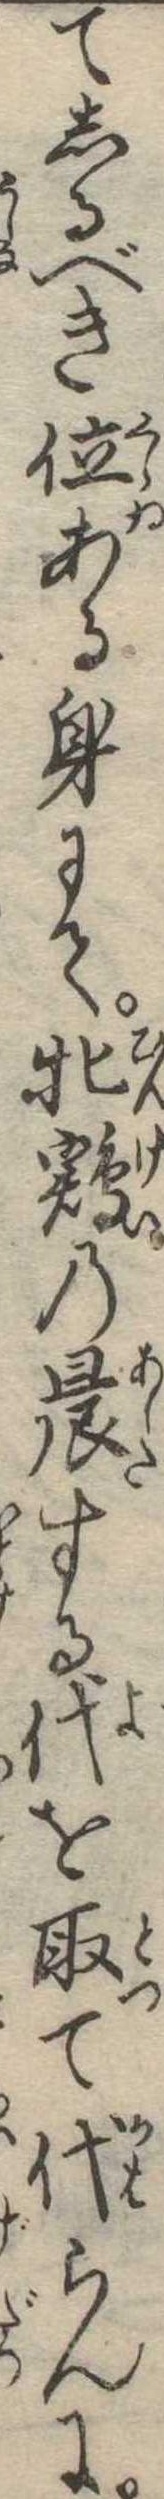
てしるべき位ある身にて牝鶏の晨する代を取て代らんに